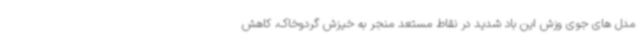
مدل های جوی وزش این باد شدید در نقاط مستعد منجر به خیزش گردوخاک، کاهش